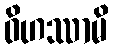
ဝိဟဿာမိ